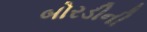
બોરડીની